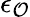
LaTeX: \epsilon_{\mathcal{O}}